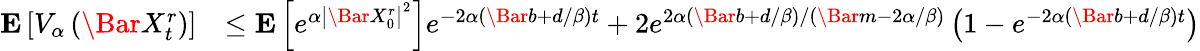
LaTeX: \begin{array}{rl}{\mathbf{E}\left[V_{\alpha}\left(\Bar{X}_{t}^{r}\right)\right]}&{\le\mathbf{E}\left[e^{\alpha\left|\Bar{X}_{0}^{r}\right|^{2}}\right]e^{-2\alpha\left(\Bar{b}+d/\beta\right)t}+2e^{2\alpha(\Bar{b}+d/\beta)/(\Bar{m}-2\alpha/\beta)}\left(1-e^{-2\alpha\left(\Bar{b}+d/\beta\right)t}\right)}\end{array}